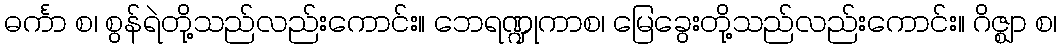
ဓင်္ကာ စ၊ စွန်ရဲတို့သည်လည်းကောင်း။ ဘေရဏ္ဍုကာစ၊ မြေခွေးတို့သည်လည်းကောင်း။ ဂိဇ္ဈာ စ၊